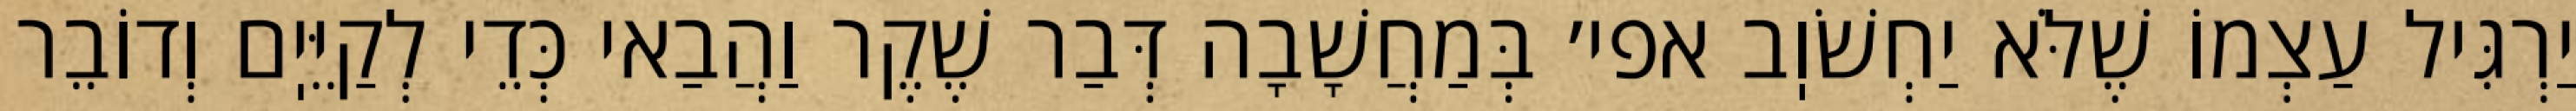
יַרְגִּיל עַצְמוֹ שֶׁלֹּא יַחְשֹׁוֽב אפי׳ בְּמַחֲשָׁבָה דְּבַר שֶׁקֶר וַהֲבַאי כְּדֵי לְקַיֵּיֽם וְדוֹבֵר